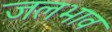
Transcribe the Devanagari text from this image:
जलभाव